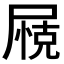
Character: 𱚽